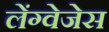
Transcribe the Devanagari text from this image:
लेंग्वेजेस